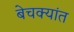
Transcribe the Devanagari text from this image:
बेचक्यांत